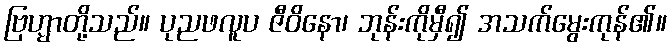
ဗြဟ္မာတို့သည်။ ပုညဖလူပ ဇီဝိနော၊ ဘုန်းကိုမှီ၍ အသက်မွေးကုန်၏။